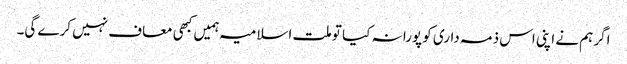
اگر ہم نے اپنی اس ذمہ داری کو پورا نہ کیا تو ملت اسلامیہ ہمیں کبھی معاف نہیں کرے گی۔